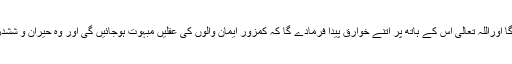
ان تمام باتوں سے معلوم ہوتا ہے کہ دجال کا فتنہ انتہائی سنگین ہوگا اوراللہ تعالیٰ اس کے ہاتھ پر اتنے خوارق پیدا فرمادے گا کہ کمزور ایمان والوں کی عقلیں مبہوت ہوجائیں گی اور وہ حیران و ششدر ہوجائیں گے اور پھر مسیح دجال کے فتنہ کا شکار ہوجائیں گے۔